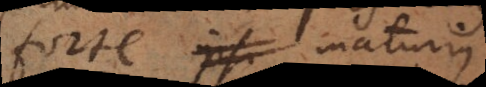
forte ipsi maturius